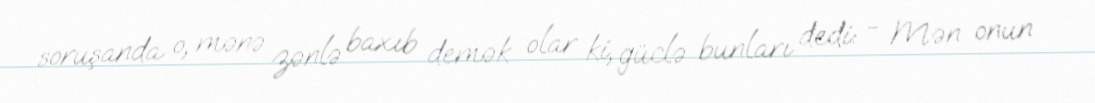
soruşanda o, mənə zənlə baxıb demək olar ki, güclə bunları dedi: - Mən onun